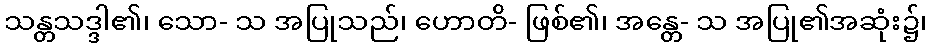
သန္တသဒ္ဒါ၏၊ သော- သ အပြုသည်၊ ဟောတိ- ဖြစ်၏၊ အန္တေ- သ အပြု၏အဆုံး၌၊